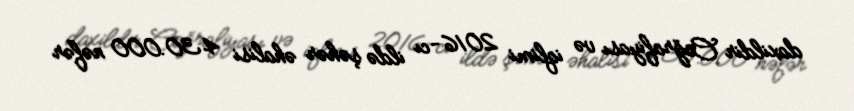
daxildir Coğrafiyası və iqlimi 2016-cı ildə şəhər əhalisi 430.000 nəfər